Indian journal of veterinary science and animal husbandry - Volume 2,
Year: 1932
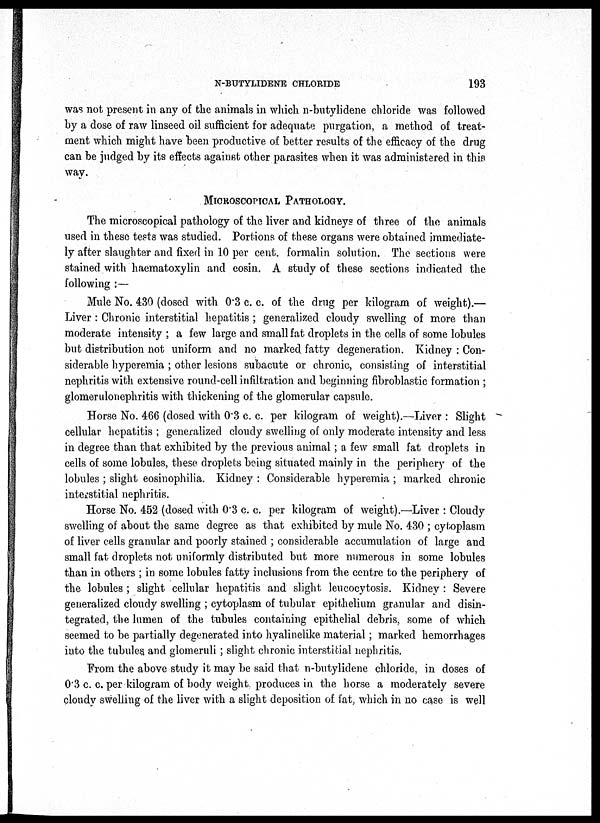
N-BUTYLIDENE CHLORIDE
193
was not present in any of the animals in which, n-butylidene chloride was followed
by a dose of raw linseed oil sufficient for adequate purgation, a method of treat-
ment which might have been productive of better results of the efficacy of the drug
can be judged by its effects against other parasites when it was administered in this
way.
MICROSCOPICAL PATHOLOGY.
The microscopical pathology of the liver and kidneys of three of the animals
used in these tests was studied. Portions of these organs were obtained immediate-
ly after slaughter and fixed in 10 per cent. formalin solution. The sections were
stained with haematoxylin and eosin. A study of these sections indicated the
following :—
Mule No. 430 (dosed with 0.3 c. c. of the drug per kilogram of weight).—
Liver : Chronic interstitial hepatitis ; generalized cloudy swelling of more than
moderate intensity; a few large and small fat droplets in the cells of some lobules
but distribution not uniform and no marked fatty degeneration. Kidney : Con-
siderable hyperemia ; other lesions subacute or chronic, consisting of interstitial
nephritis with extensive round-cell infiltration and beginning fibroblastic formation ;
glomerulonephritis with thickening of the glomerular capsule.
Horse No. 466 (dosed with 0.3 c. c. per kilogram of weight).-—Liver : Slight
cellular hepatitis ; generalized cloudy swelling of only moderate intensity and less
in degree than that exhibited by the previous animal; a few small fat droplets in
cells of some lobules, these droplets being situated mainly in the periphery of the
lobules ; slight eosinophilia. Kidney : Considerable hyperemia ; marked chronic
interstitial nephritis.
Horse No. 452 (dosed with 0.3 c. c. per kilogram of weight).—Liver : Cloudy
swelling of about the same degree as that exhibited by mule No. 430 ; cytoplasm
of liver cells granular and poorly stained ; considerable accumulation of large and
small fat droplets not uniformly distributed but more numerous in some lobules
than in others ; in some lobules fatty inclusions from the centre to the periphery of
the lobules ; slight cellular hepatitis and slight leucocytosis. Kidney : Severe
generalized cloudy swelling ; cytoplasm of tubular epithelium granular and disin-
tegrated, the lumen of the tubules containing epithelial debris, some of which
seemed to be partially degenerated into hyalinelike material; marked hemorrhages
into the tubules and glomeruli; slight chronic interstitial nephritis.
From the above study it may be said that n-butylidene chloride, in doses of
0.3 c. c. per kilogram of body weight, produces in the horse a moderately severe
cloudy swelling of the liver with a slight deposition of fat, which in no case is well